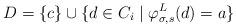
LaTeX: \begin{align*}D = \{c\} \cup \{d \in C_i \mid \varphi_{\sigma, s}^L(d) = a\}\end{align*}